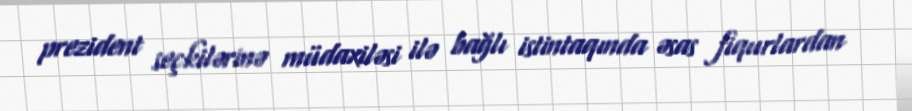
prezident seçkilərinə müdaxiləsi ilə bağlı istintaqında əsas fiqurlardan